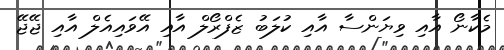
މެކާނޯ އާއި ވިޔަންސާ އާއި ކުލަބު ޒެފްރޯލް އާއި އޭވައިއެލް އާއި ޖޭޖޭ